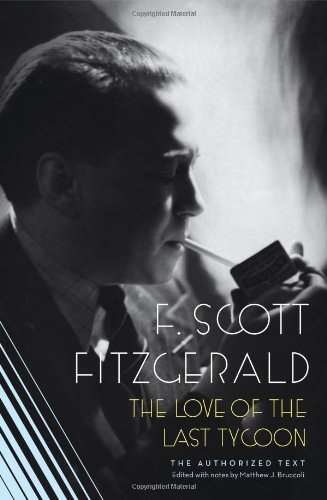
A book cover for The Love of the Last Tycoon; F. Scott Fitzgerald; Literature & Fiction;